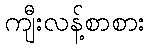
ကျီးလန့်စာစား